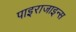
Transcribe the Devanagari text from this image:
पाइराजाइन्स